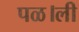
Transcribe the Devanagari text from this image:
पळ।ली